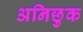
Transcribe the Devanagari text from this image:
अनिछुक